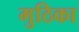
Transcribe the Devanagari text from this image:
मुठिका